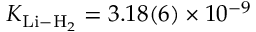
K _ { \mathrm { L i - H } _ { 2 } } = 3 . 1 8 ( 6 ) \times 1 0 ^ { - 9 }